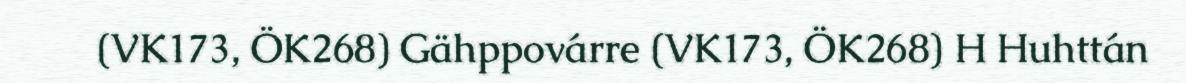
(VK173, ÖK268) Gähppovárre (VK173, ÖK268) H Huhttán